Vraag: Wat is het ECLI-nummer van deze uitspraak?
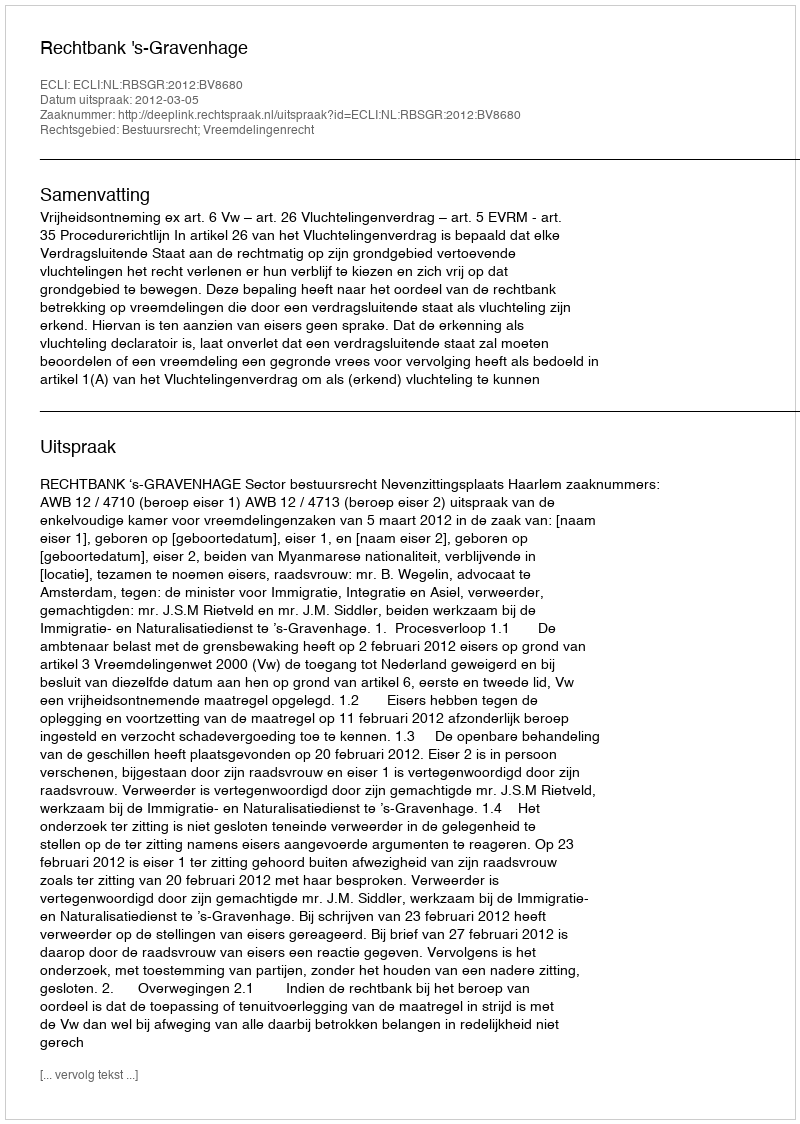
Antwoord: ECLI:NL:RBSGR:2012:BV8680